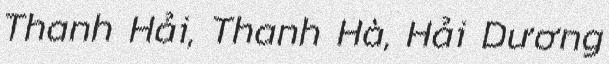
Thanh Hải, Thanh Hà, Hải Dương